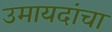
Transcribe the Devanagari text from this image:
उमायदांचा